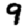
Digit: 9